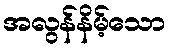
အလွန်နိမ့်သော